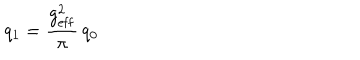
LaTeX: q _ { 1 } = { \frac { g _ { \mathrm { e f f } } ^ { 2 } } { \pi } } \, q _ { 0 }